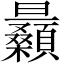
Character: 𣌛